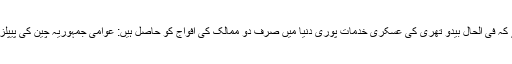
دیگر تفصیلات سے یہ بھی پتا چلتا ہے کہ فی الحال بیدو تھری کی عسکری خدمات پوری دنیا میں صرف دو ممالک کی افواج کو حاصل ہیں: عوامی جمہوریہ چین کی پیپلز لبریشن آرمی؛ اور مسلح افواجِ پاکستان۔